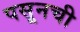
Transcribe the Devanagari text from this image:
पसूनची